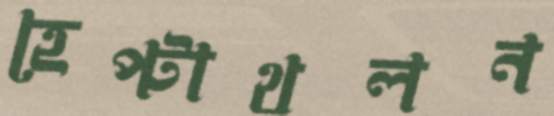
হেপ্টাথলন